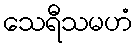
သေရီသမဟံ